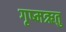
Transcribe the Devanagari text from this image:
गृष्‍मऋतु